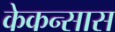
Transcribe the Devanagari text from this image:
केकन्सास